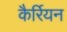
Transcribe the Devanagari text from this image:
कैर्रियन